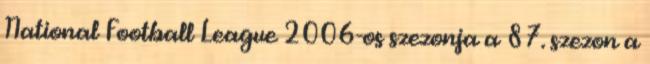
National Football League 2006-os szezonja a 87. szezon a